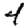
Digit: 4